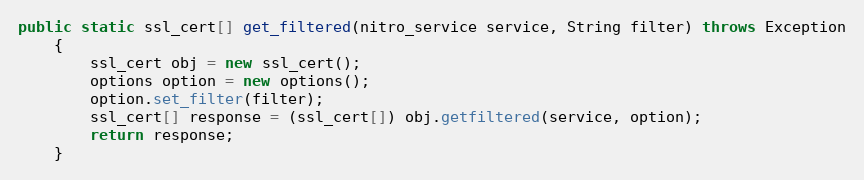
Language: Java
public static ssl_cert[] get_filtered(nitro_service service, String filter) throws Exception
	{
		ssl_cert obj = new ssl_cert();
		options option = new options();
		option.set_filter(filter);
		ssl_cert[] response = (ssl_cert[]) obj.getfiltered(service, option);
		return response;
	}